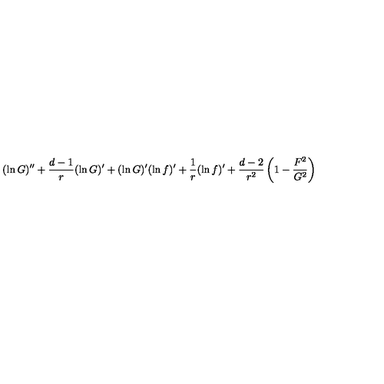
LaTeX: ( \ln G ) ^ { \prime \prime } + { \frac { d - 1 } { r } } ( \ln G ) ^ { \prime } + ( \ln G ) ^ { \prime } ( \ln f ) ^ { \prime } + { \frac { 1 } { r } } ( \ln f ) ^ { \prime } + { \frac { d - 2 } { r ^ { 2 } } } \left( 1 - { \frac { F ^ { 2 } } { G ^ { 2 } } } \right)